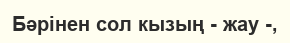
Бәрінен сол кызың - жау -,